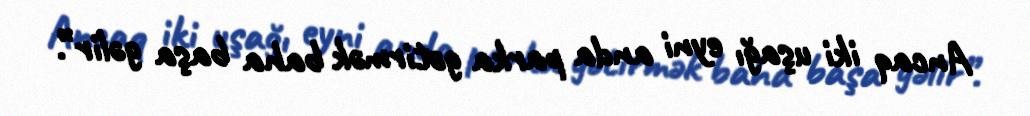
Ancaq iki uşağı eyni anda parka gətirmək baha başa gəlir”.